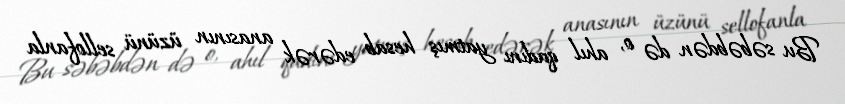
Bu səbəbdən də o, ahıl qadını yatmış hesab edərək anasının üzünü sellofanla